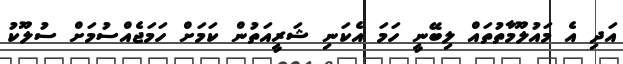
އަދި އެ މައުލޫމާތުތައް ލިބޭނީ ހަމަ އެކަނި ޝަރީއަތުން ކަމަށް ހަމަޖެއްސުމަށް ސުލޫކު